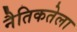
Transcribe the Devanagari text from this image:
नैतिकतेला